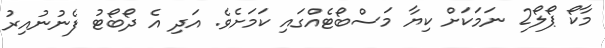
މާކޯ ޕޯލޯ2 ނަމަކަށް ކިޔާ މަސްބޯޓެއްގައި ކަމަށެވެ. އަދި އެ ދޯބޯޓު ފެނުނުއިރު